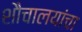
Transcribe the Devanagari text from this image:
शौचालयांचा